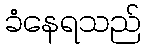
ခံနေရသည်